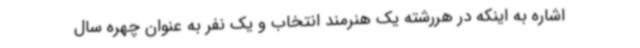
اشاره به اینکه در هررشته یک هنرمند انتخاب و یک نفر به عنوان چهره سال